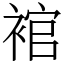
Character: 䘾